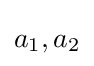
a_{1},a_{2}